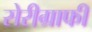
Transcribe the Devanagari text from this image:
सेरीग्राफी